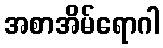
အစာအိမ်ရောဂါ